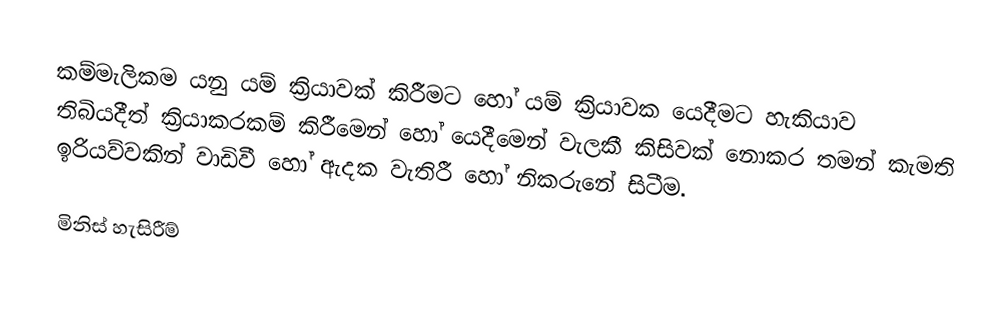
කම්මැලිකම යනු යම් ක්‍රියාවක් කිරීමට හෝ යම් ක්‍රියාවක යෙදීමට හැකියාව තිබියදීත් ක්‍රියාකරකම් කිරීමෙන් හෝ යෙදීමෙන් වැලකී කිසිවක් නොකර තමන් කැමති ඉරියව්වකින් වාඩිවී හෝ ඇදක වැතිරී හෝ නිකරුනේ සිටීම.

මිනිස් හැසිරීම්